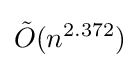
{\tilde {O}}(n^{2.372})